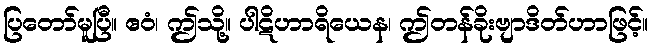
ပြတော်မူပြီ။ ဧဝံ၊ ဤသို့။ ပါဋိဟာရိယေန၊ ဤတန်ခိုးဗျာဒိတ်ဟာဖြင့်။